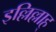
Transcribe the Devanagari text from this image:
इल्लिल्लाह्